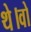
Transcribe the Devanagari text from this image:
थे।वो